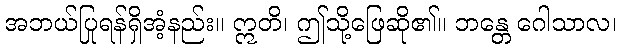
အဘယ်ပြုရန်ရှိအံ့နည်း။ ဣတိ၊ ဤသို့ဖြေဆို၏။ ဘန္တေ ဂေါသာလ၊